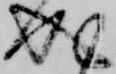
成